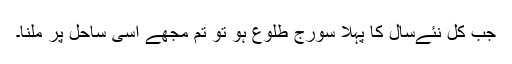
جب کل نئےسال کا پہلا سورج طلوع ہو تو تم مجھے اِسی ساحل پر ملنا۔